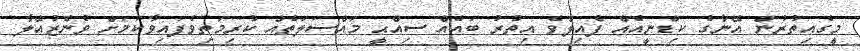
މީގެއިތުރުން އޭނާގެ ކިޑްނީއެއް ފެއިލްވެ އިތުރު ބައެއް ސިއްޙީ މައްސަލަތެއް ކުރިމަތިވެފައިވާކަމަށް ވެނެޒުއޭލާ